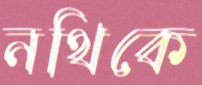
নথিকে